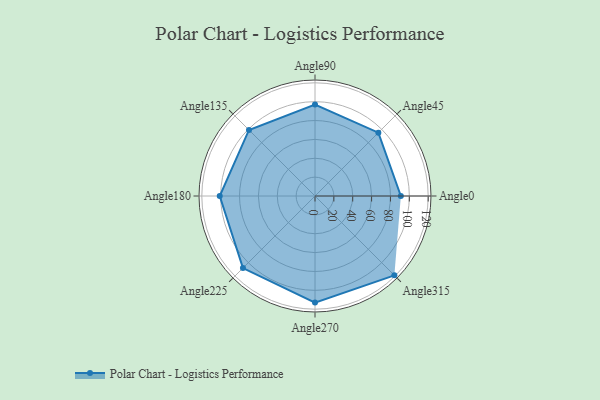
{"axis": {"x": "Angle", "y": "Radius"}, "legend": [""], "data": [{"x": "Angle0", "y": 91.0, "type": ""}, {"x": "Angle45", "y": 95.0, "type": ""}, {"x": "Angle90", "y": 97.0, "type": ""}, {"x": "Angle135", "y": 99.0, "type": ""}, {"x": "Angle180", "y": 101.0, "type": ""}, {"x": "Angle225", "y": 108.0, "type": ""}, {"x": "Angle270", "y": 113.0, "type": ""}, {"x": "Angle315", "y": 119.0, "type": ""}]}